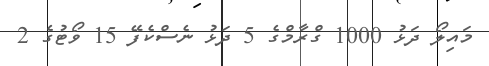
މައިލޯ ދަޅު 1000 ގްރާމްގެ 5 ދަޅު ނެސްކެފޭ 15 ވޯޓުގެ 2